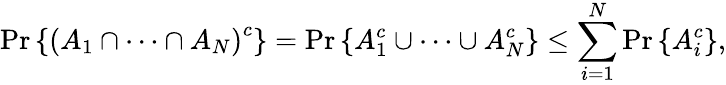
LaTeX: \operatorname*{Pr}\left\{ \left(A_{1}\cap\cdots\cap A_{N}\right)^{c}\right\} =\operatorname*{Pr}\left\{ A_{1}^{c}\cup\cdots\cup A_{N}^{c}\right\} \leq\sum_{i=1}^{N}\operatorname*{Pr}\left\{ A_{i}^{c}\right\} ,